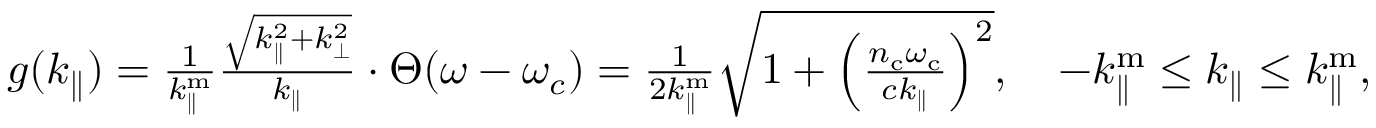
\begin{array} { r } { g ( k _ { \parallel } ) = \frac { 1 } { k _ { \parallel } ^ { \mathrm { m } } } \frac { \sqrt { k _ { \parallel } ^ { 2 } + k _ { \perp } ^ { 2 } } } { k _ { \parallel } } \cdot \Theta ( \omega - \omega _ { c } ) = \frac { 1 } { 2 k _ { \parallel } ^ { \mathrm { m } } } \sqrt { 1 + \left( \frac { n _ { \mathrm { c } } \omega _ { \mathrm { c } } } { c k _ { \parallel } } \right) ^ { 2 } } , ~ ~ ~ - k _ { \parallel } ^ { \mathrm { m } } \leq k _ { \parallel } \leq k _ { \parallel } ^ { \mathrm { m } } , } \end{array}